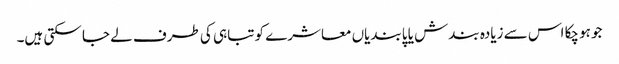
جو ہوچکا اس سے زیادہ بندش یا پابندیاں معاشرے کو تباہی کی طرف لے جا سکتی ہیں۔